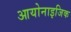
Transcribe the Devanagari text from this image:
आयोनाइजिक